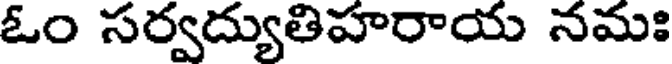
ఓం సర్వద్యుతిహరాయ నమః